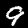
Digit: 9